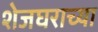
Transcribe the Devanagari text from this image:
शेजघराच्या